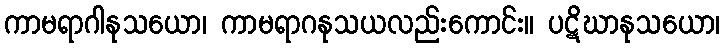
ကာမရာဂါနုသယော၊ ကာမရာဂနုသယလည်းကောင်း။ ပဋိဃာနုသယော၊